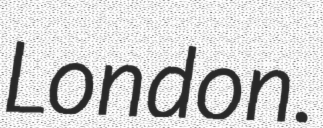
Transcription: London.